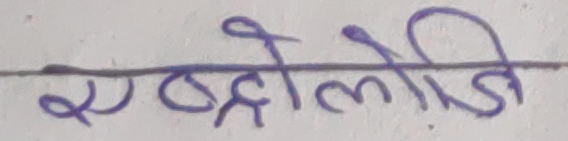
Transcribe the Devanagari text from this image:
एब्दोलोडी